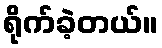
ရိုက်ခဲ့တယ်။